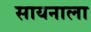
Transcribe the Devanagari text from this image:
सायनाला